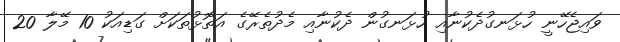
ވައިޖެހޭނީ ހުޅަނގުދެކުނާއި ހުޅަނގުން ދެކުނާއި މެދުތެރޭގެ އަތޮޅުތަކަށް ގަޑިއަކު 10 މޭލާ 20